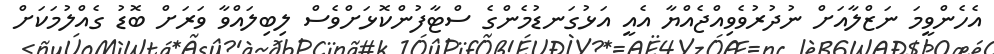
އެހެންވީމަ ނަޒްލާއަށް ނުދުރުވެވިއްޖެއްޔާ އެއީ އަޅުގަނޑުމެންގެ ސްޓާފުންކޮޅަށްވެސް ލިބިލައްވާ ވަރަށް ބޮޑު ގެއްލުމަކަށް